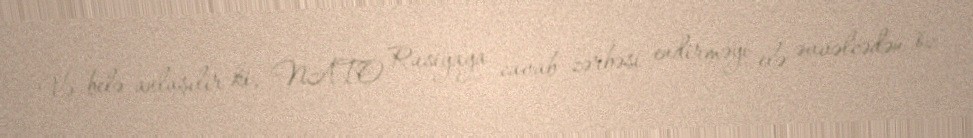
Və belə anlaşılır ki, NATO Rusiyaya cavab zərbəsi endirməyi elə əvvəlcədən öz